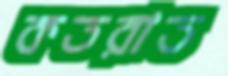
কতরাত